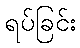
ရပ်ခြင်း